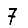
Digit: 7